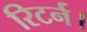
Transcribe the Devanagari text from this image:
रिटर्न।